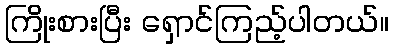
ကြိုးစားပြီး ရှောင်ကြည့်ပါတယ်။